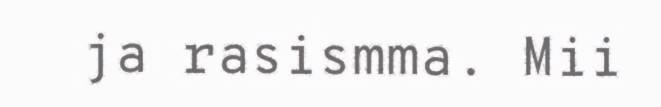
ja rasismma. Mii